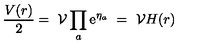
\frac { V ( r ) } { 2 } = \ \mathcal { V } \prod _ { a } \mathrm { e } ^ { \eta _ { a } } \ = \ \mathcal { V } H ( r )